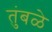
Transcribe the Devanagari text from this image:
तुंबळे